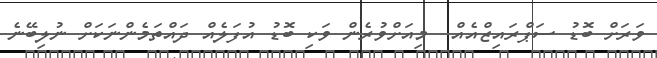
ވަރަށް ބޮޑު ސަޕްރައިޒްއެއް  މިއަށްވުރެން ވަކި ބޮޑު އުފަލެއް ދައްތަމެންނަކަށް ނުލިބޭނެ